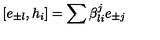
[ e _ { \pm l } , h _ { i } ] = \sum \beta _ { l i } ^ { j } e _ { \pm j }